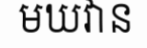
មឃវាន